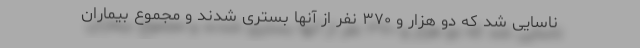
ناسایی شد که دو هزار و ۳۷۰ نفر از آنها بستری شدند و مجموع بیماران